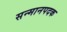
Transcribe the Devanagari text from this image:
सन्मानपदक